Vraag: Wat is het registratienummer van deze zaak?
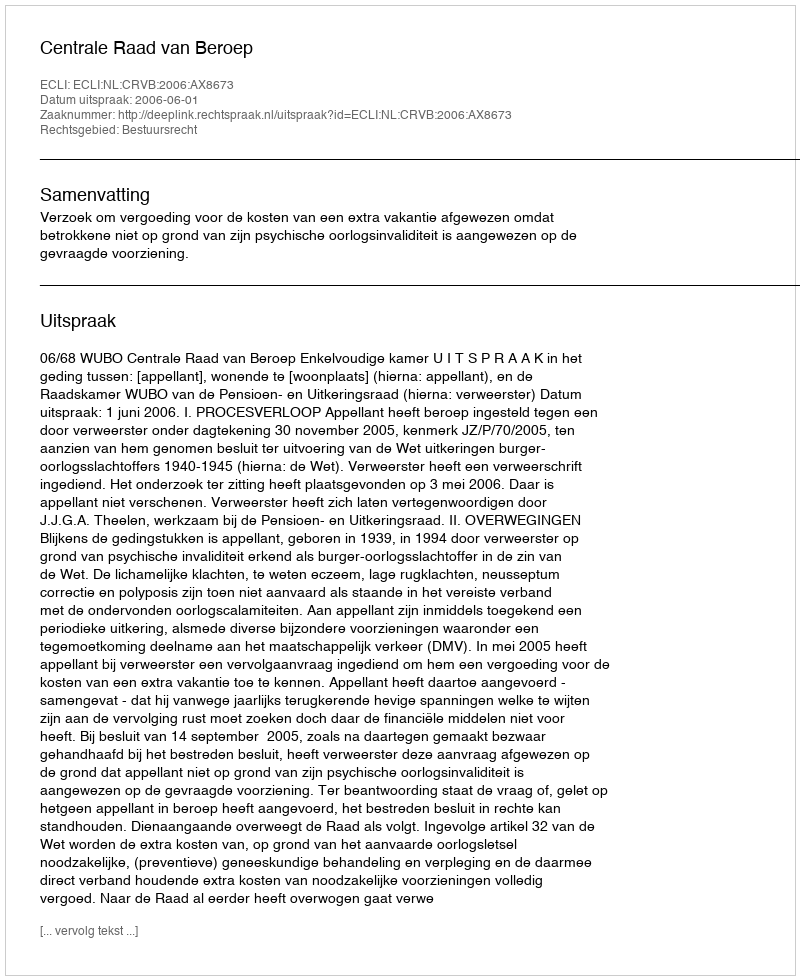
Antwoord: http://deeplink.rechtspraak.nl/uitspraak?id=ECLI:NL:CRVB:2006:AX8673